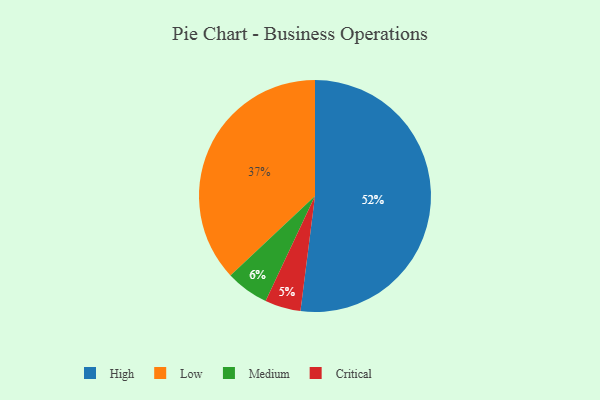
{"axis": {"x": "Category", "y": "Percentage"}, "legend": ["Critical", "High", "Low", "Medium"], "data": [{"x": "High", "y": 52, "type": "High"}, {"x": "Low", "y": 37, "type": "Low"}, {"x": "Medium", "y": 6, "type": "Medium"}, {"x": "Critical", "y": 5, "type": "Critical"}]}